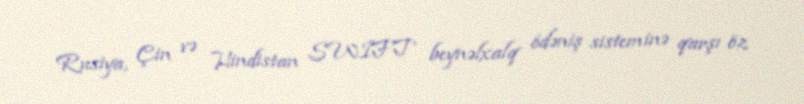
Rusiya, Çin və Hindistan SWIFT beynəlxalq ödəniş sisteminə qarşı öz